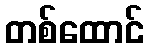
တစ်ထောင်